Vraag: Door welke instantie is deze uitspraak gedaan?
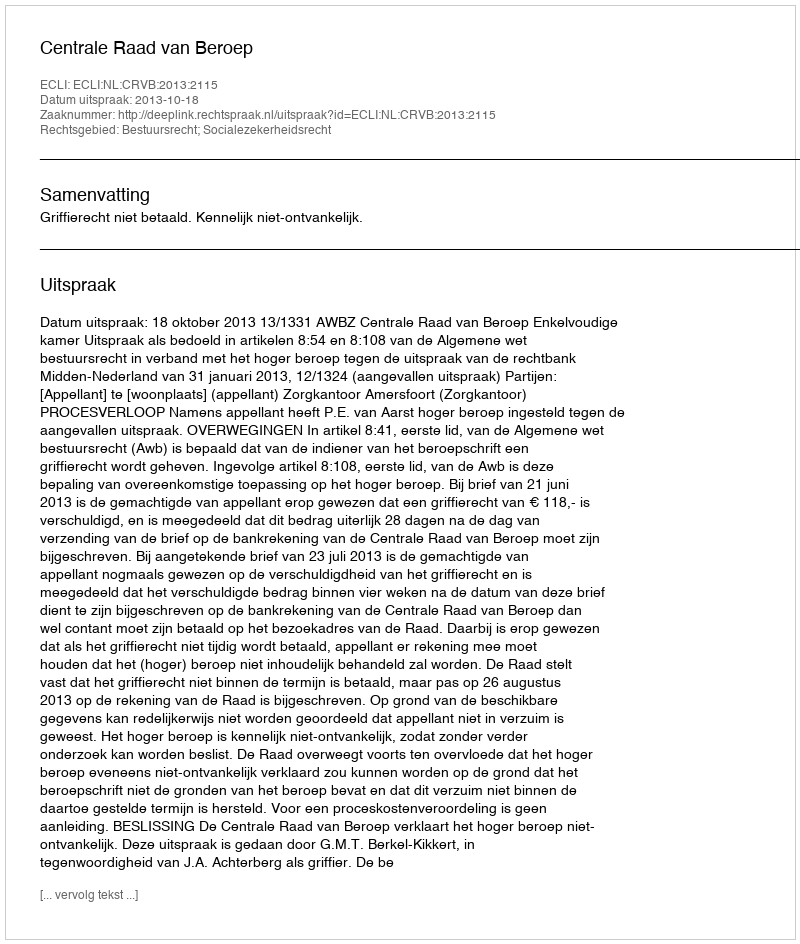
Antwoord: Centrale Raad van Beroep